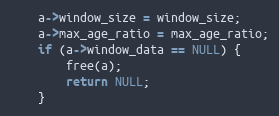
Language: C
    a->window_size = window_size;
    a->max_age_ratio = max_age_ratio;
    if (a->window_data == NULL) {
        free(a);
        return NULL;
    }